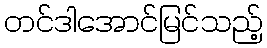
တင်ဒါအောင်မြင်သည့်